Lunatic asylums Bombay report 1891-1903 - 1891-1903
Year: 1891
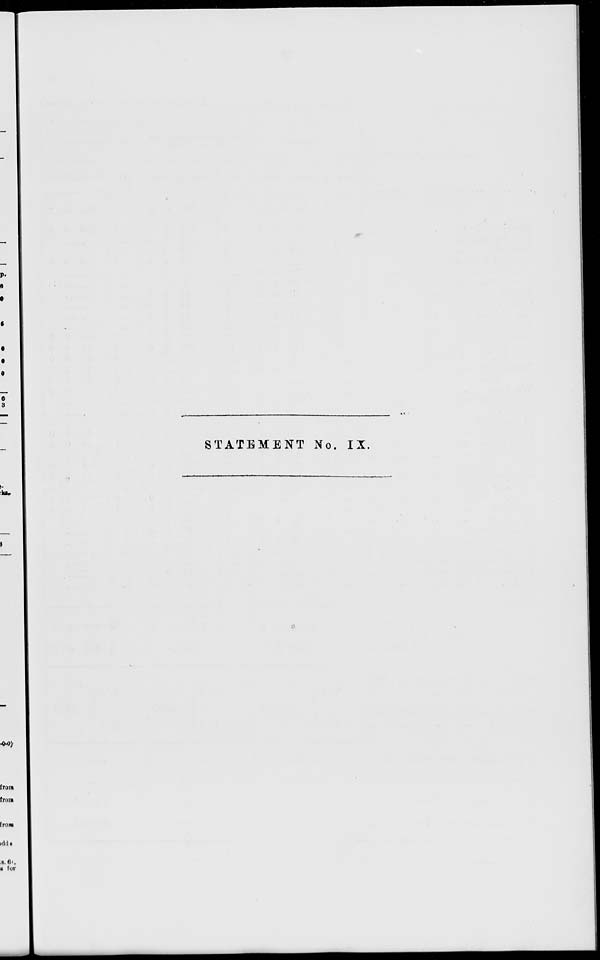
STATEMENT No. IX.